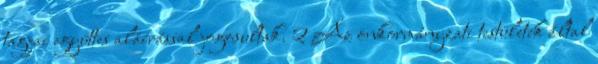
tagjai együttes aláírással jogosultak. 2 Az önkormányzati testületek által